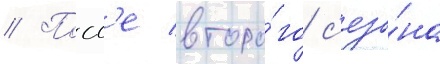
// Посл'е второ́го с'езо́на